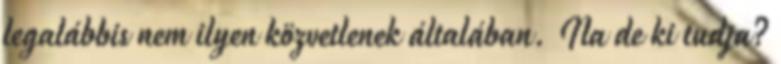
legalábbis nem ilyen közvetlenek általában. Na de ki tudja?